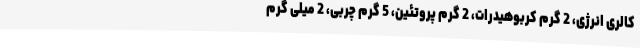
کالری انرژی، 2 گرم کربوهیدرات، 2 گرم پروتئین، 5 گرم چربی، 2 میلی گرم